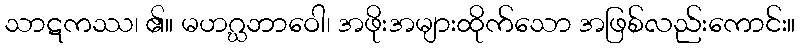
သာဋကဿ၊ ၏။ မဟဂ္ဃဘာဝေါ၊ အဖိုးအများထိုက်သော အဖြစ်လည်းကောင်း။